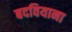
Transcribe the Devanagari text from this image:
बदवियाना